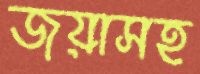
জয়াসহ